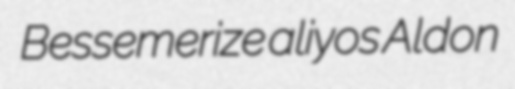
Bessemerize aliyos Aldon